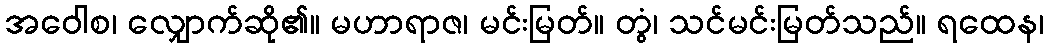
အဝေါစ၊ လျှောက်ဆို၏။ မဟာရာဇ၊ မင်းမြတ်။ တွံ၊ သင်မင်းမြတ်သည်။ ရထေန၊